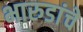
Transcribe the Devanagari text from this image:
भारुडांचे